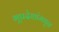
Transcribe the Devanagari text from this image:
भूप्रदेशांमधून